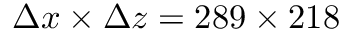
\Delta x \times \Delta z = 2 8 9 \times 2 1 8